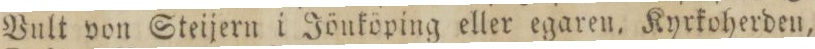
Vult von Steijern i Jönköping eller egaren. Kyrkoherden,